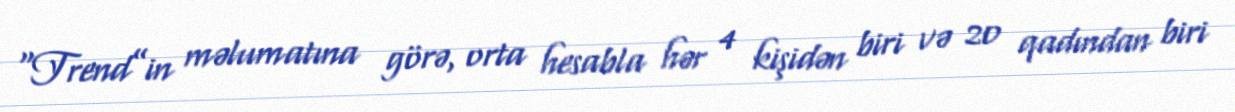
“Trend”in məlumatına görə, orta hesabla hər 4 kişidən biri və 20 qadından biri